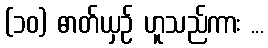
(၁၀) ဓာတ်ယှဉ် ဟူသည်ကား ...